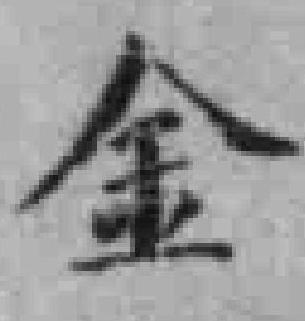
金